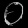
Digit: ၀